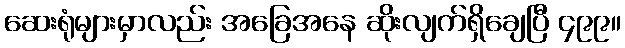
ဆေးရုံများမှာလည်း အခြေအနေ ဆိုးလျက်ရှိချေပြီ ၄၉၉။